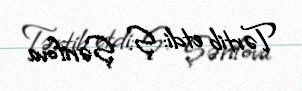
Tərtib etdi: Ş. Şərifova